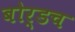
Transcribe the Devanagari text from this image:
बोर्डच